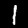
Label: 1